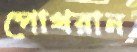
পোখরান